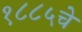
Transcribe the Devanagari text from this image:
१८८५चे